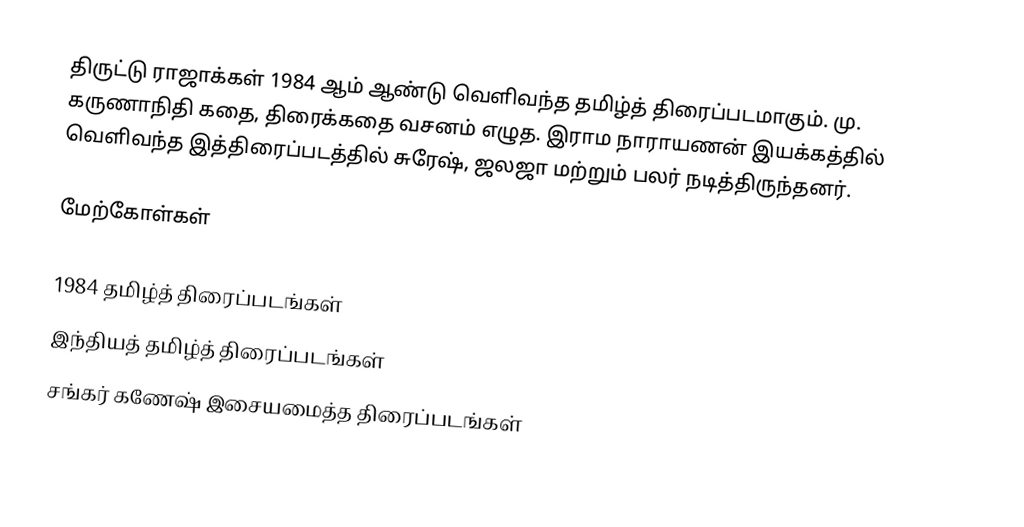
திருட்டு ராஜாக்கள் 1984 ஆம் ஆண்டு வெளிவந்த தமிழ்த் திரைப்படமாகும்.  மு. கருணாநிதி கதை, திரைக்கதை வசனம் எழுத.  இராம நாராயணன் இயக்கத்தில் வெளிவந்த இத்திரைப்படத்தில் சுரேஷ், ஜலஜா மற்றும் பலர் நடித்திருந்தனர்.

மேற்கோள்கள்

1984 தமிழ்த் திரைப்படங்கள்
இந்தியத் தமிழ்த் திரைப்படங்கள்
சங்கர் கணேஷ் இசையமைத்த திரைப்படங்கள்